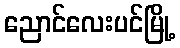
ညောင်လေးပင်မြို့